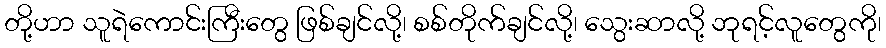
တို့ဟာ သူရဲကောင်းကြီးတွေ ဖြစ်ချင်လို့၊ စစ်တိုက်ချင်လို့၊ သွေးဆာလို့ ဘုရင့်လူတွေကို၊